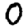
Digit: 0